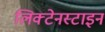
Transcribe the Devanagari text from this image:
लिक्टेनस्टाइन